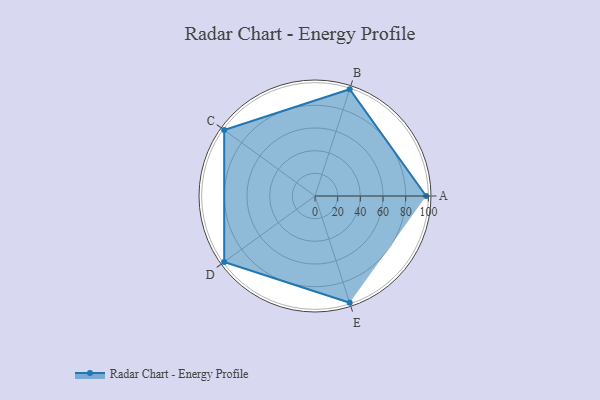
{"axis": {"x": "Skill", "y": "Score"}, "legend": ["Profile"], "data": [{"x": "A", "y": 98.0, "type": "Profile"}, {"x": "B", "y": 99, "type": "Profile"}, {"x": "C", "y": 99, "type": "Profile"}, {"x": "D", "y": 99, "type": "Profile"}, {"x": "E", "y": 99, "type": "Profile"}]}